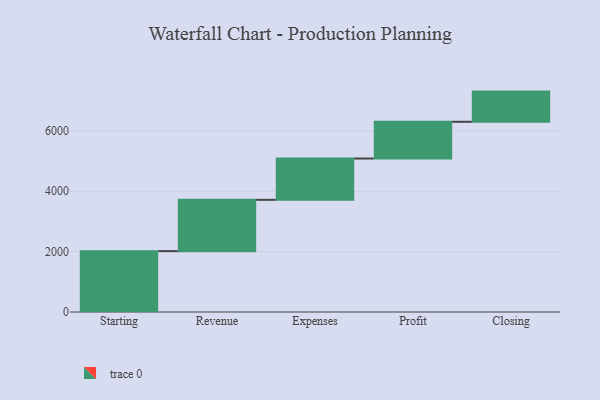
{"axis": {"x": "Step", "y": "Value"}, "legend": [""], "data": [{"x": "Starting", "y": 2016.0, "type": ""}, {"x": "Revenue", "y": 1700.0, "type": ""}, {"x": "Expenses", "y": 1369.0, "type": ""}, {"x": "Profit", "y": 1217.0, "type": ""}, {"x": "Closing", "y": 1000, "type": ""}]}